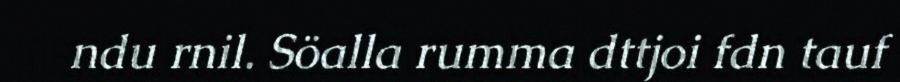
ndu rnil. Söalla rumma dttjoi fdn tauf